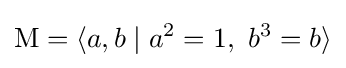
\mathrm {M} =\langle a,b\mid a^{2}=1,\ b^{3}=b\rangle